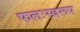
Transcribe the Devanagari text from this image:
फलःस्वरूप